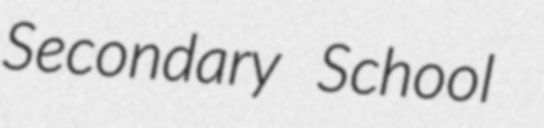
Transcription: Secondary School